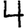
Digit: 4